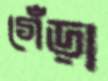
গেঁড়া